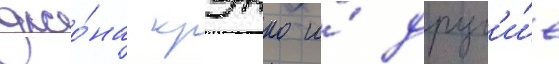
джо́на крэнко и́ друг'и́е